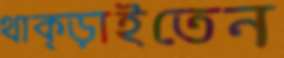
থাক্‌ড়াইতেন